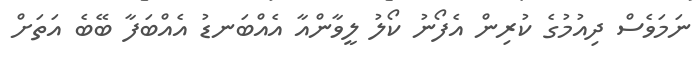
ނަމަވެސް ދިއުމުގެ ކުރިން އެފޯނު ކޯލު ލީވާންއާ އެއްބަނޑު އެއްބަފާ ބޭބެ އަތަށް